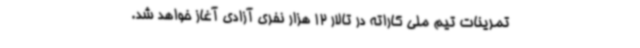
تمرینات تیم ملی کاراته در تالار 12 هزار نفری آزادی آغاز خواهد شد.